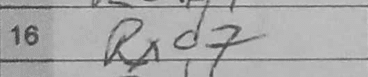
Transcription: Rxd7